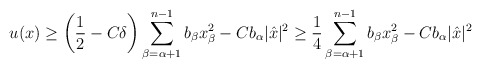
\begin{align*}u (x) \geq \left(\frac{1}{2} - C \delta\right) \sum_{\beta = \alpha + 1}^{n-1} b_\beta x_\beta^2 - C b_\alpha |\hat{x}|^2 \geq \frac{1}{4} \sum_{\beta = \alpha + 1}^{n-1} b_\beta x_\beta^2 - C b_\alpha |\hat{x}|^2\end{align*}